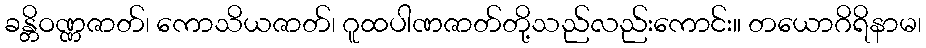
ခန္တိဝဏ္ဏဇာတ်၊ ကောသိယဇာတ်၊ ဂူထပါဏဇာတ်တို့သည်လည်းကောင်း။ တယောဂိရိနာမ၊